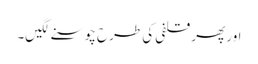
اور پھر قلفی کی طرح چوسنے لگیں۔